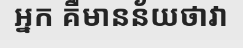
អ្នក គឺមានន័យថាវា